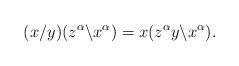
LaTeX: \begin{align*}(x/y)(z^{\alpha}\backslash x^{\alpha})=x(z^{\alpha}y\backslash x^{\alpha}).\end{align*}